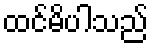
ထင်မိပါသည်